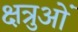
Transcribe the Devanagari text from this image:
क्षत्रुओं